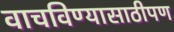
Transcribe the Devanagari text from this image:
वाचविण्यासाठीपण